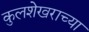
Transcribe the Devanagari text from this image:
कुलशेखराच्या